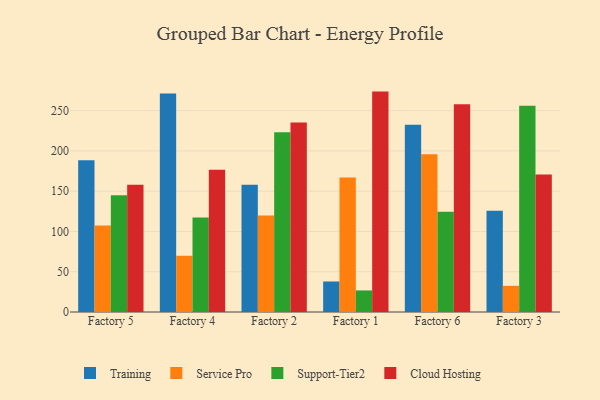
{"axis": {"x": "Factory", "y": "Bounce Rate (%)"}, "legend": ["Cloud Hosting", "Service Pro", "Support-Tier2", "Training"], "data": [{"x": "Factory 5", "y": 188.4, "type": "Training"}, {"x": "Factory 5", "y": 107.4, "type": "Service Pro"}, {"x": "Factory 5", "y": 144.9, "type": "Support-Tier2"}, {"x": "Factory 5", "y": 157.9, "type": "Cloud Hosting"}, {"x": "Factory 4", "y": 271.3, "type": "Training"}, {"x": "Factory 4", "y": 69.9, "type": "Service Pro"}, {"x": "Factory 4", "y": 117.5, "type": "Support-Tier2"}, {"x": "Factory 4", "y": 176.5, "type": "Cloud Hosting"}, {"x": "Factory 2", "y": 157.9, "type": "Training"}, {"x": "Factory 2", "y": 119.8, "type": "Service Pro"}, {"x": "Factory 2", "y": 223.2, "type": "Support-Tier2"}, {"x": "Factory 2", "y": 235.4, "type": "Cloud Hosting"}, {"x": "Factory 1", "y": 37.9, "type": "Training"}, {"x": "Factory 1", "y": 166.9, "type": "Service Pro"}, {"x": "Factory 1", "y": 26.8, "type": "Support-Tier2"}, {"x": "Factory 1", "y": 273.7, "type": "Cloud Hosting"}, {"x": "Factory 6", "y": 232.6, "type": "Training"}, {"x": "Factory 6", "y": 195.8, "type": "Service Pro"}, {"x": "Factory 6", "y": 124.4, "type": "Support-Tier2"}, {"x": "Factory 6", "y": 257.9, "type": "Cloud Hosting"}, {"x": "Factory 3", "y": 125.8, "type": "Training"}, {"x": "Factory 3", "y": 32.5, "type": "Service Pro"}, {"x": "Factory 3", "y": 256.1, "type": "Support-Tier2"}, {"x": "Factory 3", "y": 170.9, "type": "Cloud Hosting"}]}